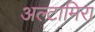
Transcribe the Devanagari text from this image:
अल्टामिरा